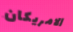
الامريكان